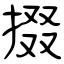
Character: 掇